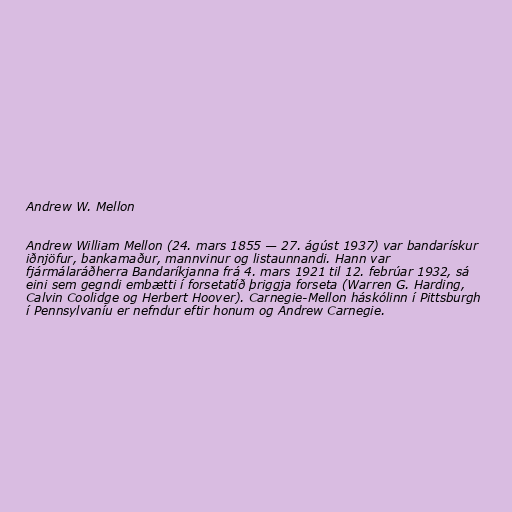
Andrew W. Mellon

Andrew William Mellon (24. mars 1855 — 27. ágúst 1937) var bandarískur
iðnjöfur, bankamaður, mannvinur og listaunnandi. Hann var
fjármálaráðherra Bandaríkjanna frá 4. mars 1921 til 12. febrúar 1932, sá
eini sem gegndi embætti í forsetatíð þriggja forseta (Warren G. Harding,
Calvin Coolidge og Herbert Hoover). Carnegie-Mellon háskólinn í Pittsburgh
í Pennsylvaníu er nefndur eftir honum og Andrew Carnegie.